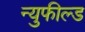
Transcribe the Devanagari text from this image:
न्युफील्ड